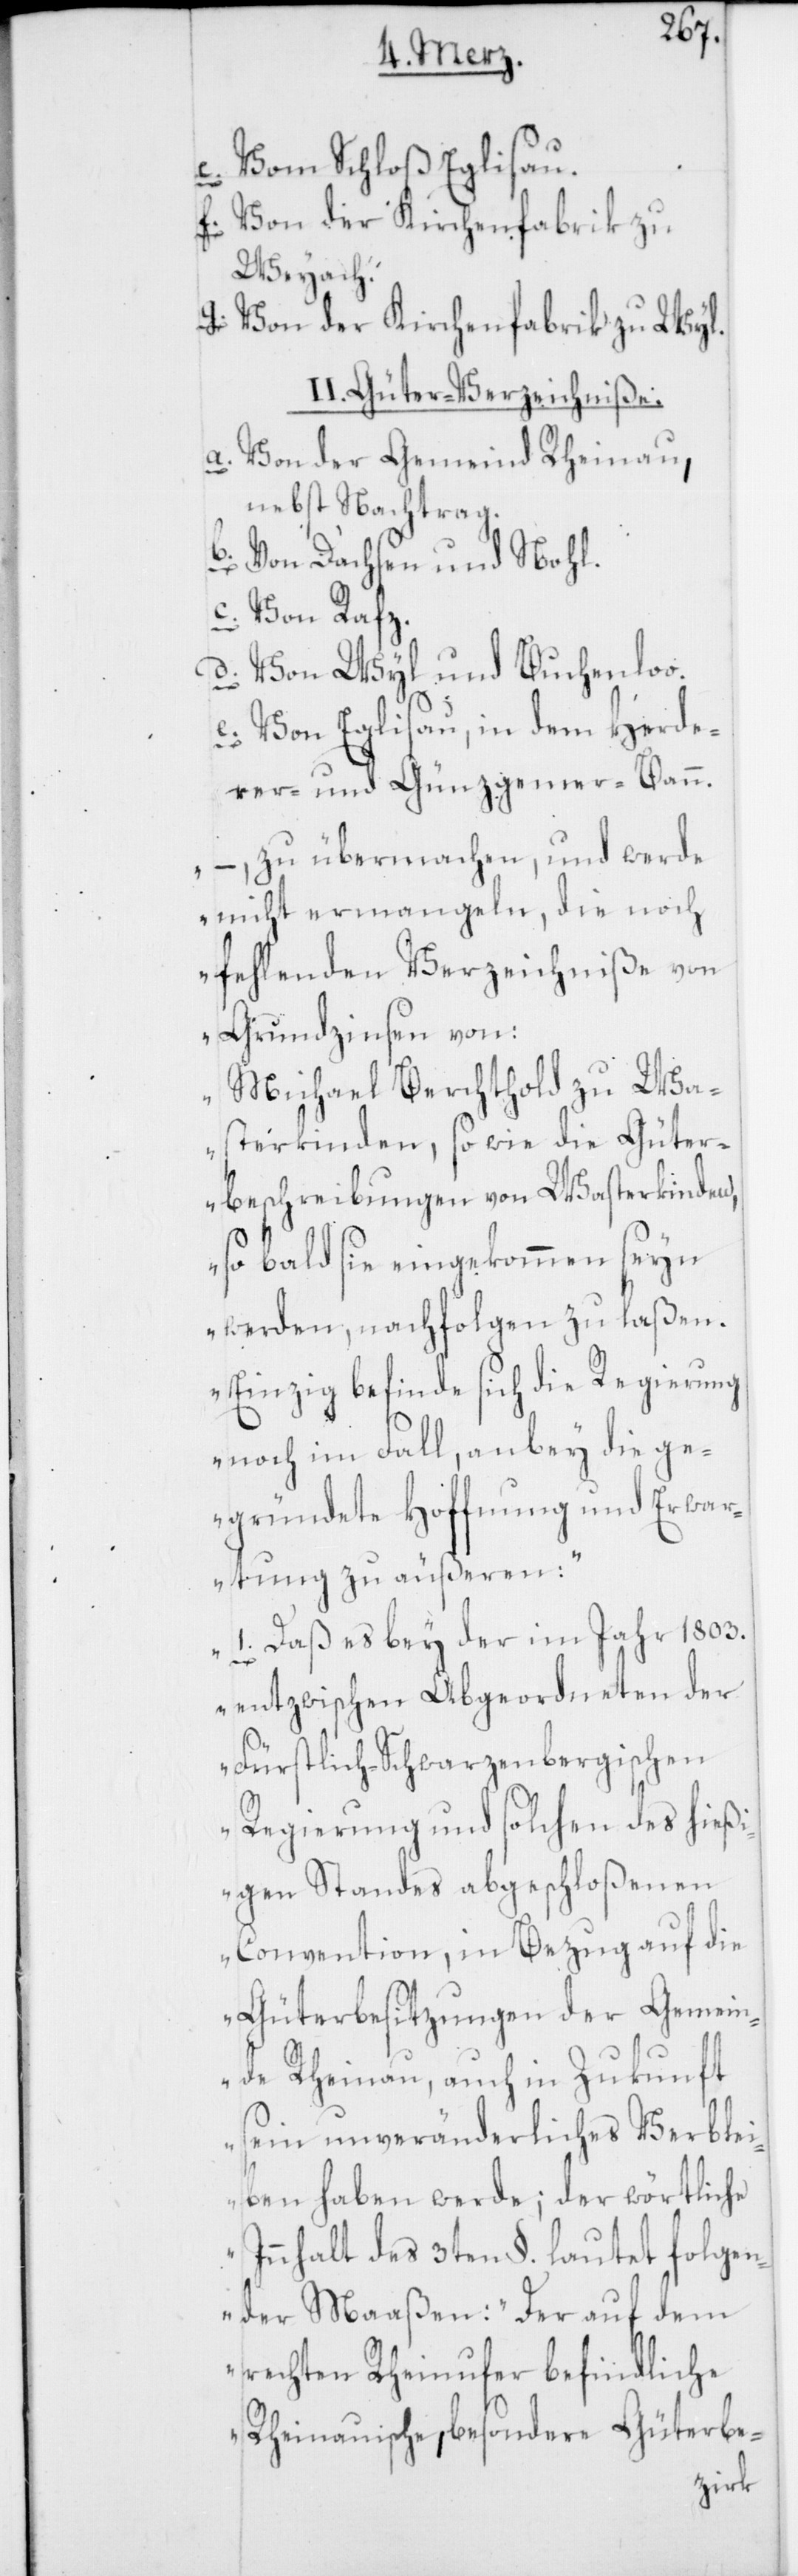
e. Vom Schloß Eglisau.
f. Von der Kirchenfabrik zu
Weyach.
g. Von der Kirchenfabrik zu Wyl.
II. Güter-Verzeichniße.
a. Von der Gemeind Rheinau
nebst Nachtrag.
b. von Dachsen und Nohl.
c. von Rafz.
d. von Wyl und Buchenloo.
e. von Eglisau, in dem Herde¬
rer- und Günzgemer-Bann.
–, zu übermachen, und werde
nicht ermangeln, die noch
fehlenden Verzeichniße von
Grundzinsen von:
Michael Berchthold zu Wa¬
sterkingen, sowie die Güter¬
beschreibungen von Wasterkingen,
so bald sie eingekommen seyn
werden, nachfolgen zu laßen.
Einzig befinde sich die Regierung
noch im Fall, anbey die ge¬
gründete Hoffnung und Erwar¬
tung zu äußeren:
1. Daß es bey der im Jahr 1803.
entzwischen Abgeordneten der
Fürstlich-Schwarzenbergischen
Regierung und solchen des hießi¬
gen Standes abgeschloßenen
Convention, in Bezug auf die
Güterbesitzungen der Gemein¬
de Rheinau, auch in Zukunft
sein unveränderliches Verblei¬
ben haben werde; der wörtliche
Innhalt des 3ten §. lautend folgen¬
der Maaßen: „Der auf dem
rechten Rheinufer befindliche
Rheinauische, besondere Güterbe-